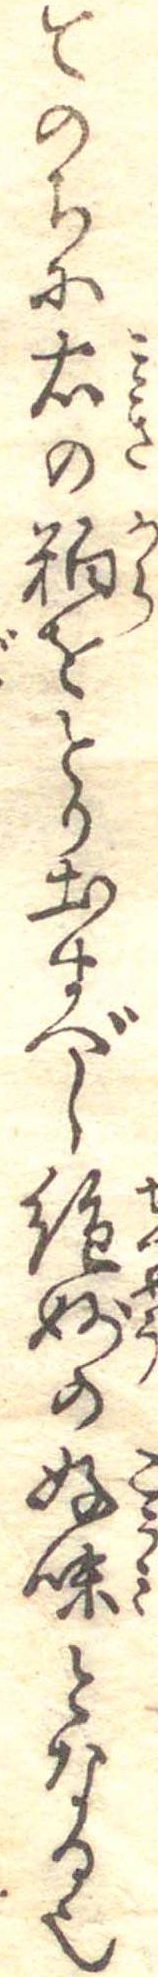
てのちに右の粕をとり出すべし絶妙の好味となる也